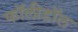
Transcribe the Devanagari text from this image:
फॉलीडॉल